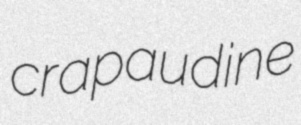
crapaudine